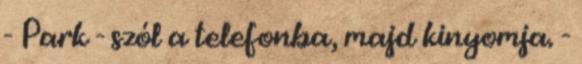
- Park - szól a telefonba, majd kinyomja. -